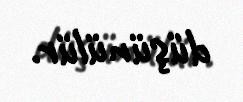
düşünülür.